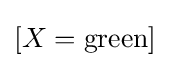
[X={\text{green}}]